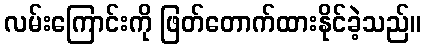
လမ်းကြောင်းကို ဖြတ်တောက်ထားနိုင်ခဲ့သည်။